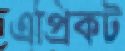
এপ্রিকট